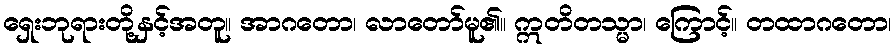
ရှေးဘုရားတို့နှင့်အတူ။ အာဂတော၊ လာတော်မူ၏။ ဣတိတသ္မာ၊ ကြောင့်။ တထာဂတော၊